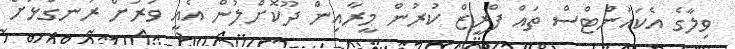
ވިލާގެ އެކައުންޓްސް ތައް ފްރީޒް ކުރުން މީރާއިން ދޫކޮށްލުން އެއީ ވަރަށް ރަނގަޅަށް